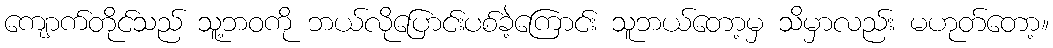
ကျောက်တိုင်သည် သူ့ဘဝကို ဘယ်လိုပြောင်းပစ်ခဲ့ကြောင်း သူဘယ်တော့မှ သိမှာလည်း မဟုတ်တော့။